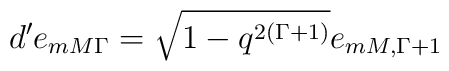
d' e_{mM\Gamma}=\sqrt{1-q^{2(\Gamma+1)}}e_{mM,\Gamma+1}